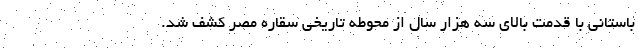
باستانی با قدمت بالای سه هزار سال از محوطه تاریخی سقاره مصر کشف شد.